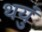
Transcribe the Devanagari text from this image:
थयुं